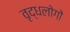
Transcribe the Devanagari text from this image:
वृद्धलोगों